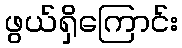
ဖွယ်ရှိကြောင်း